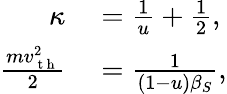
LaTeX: \begin{array}{rl}{\kappa}&{{}=\frac{1}{u}+\frac{1}{2},}\\ {\frac{mv_{\mathrm{~t~h~}}^{2}}{2}}&{{}=\frac{1}{(1-u)\beta_{S}},}\end{array}